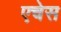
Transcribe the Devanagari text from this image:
एचेस